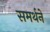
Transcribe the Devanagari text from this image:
समर्थने